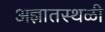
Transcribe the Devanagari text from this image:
अज्ञातस्थळी